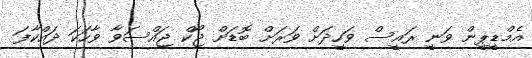
އެމްޑީޕީން ވަނީ ރައީސް ވަހީދަށް ވަރަށް ބޮޑަށް ޖޯކް ޖައްސަވާ ވާހަކަ ދައްކާފަ